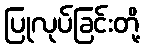
ပြုလုပ်ခြင်းတို့